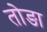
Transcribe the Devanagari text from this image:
तोङा